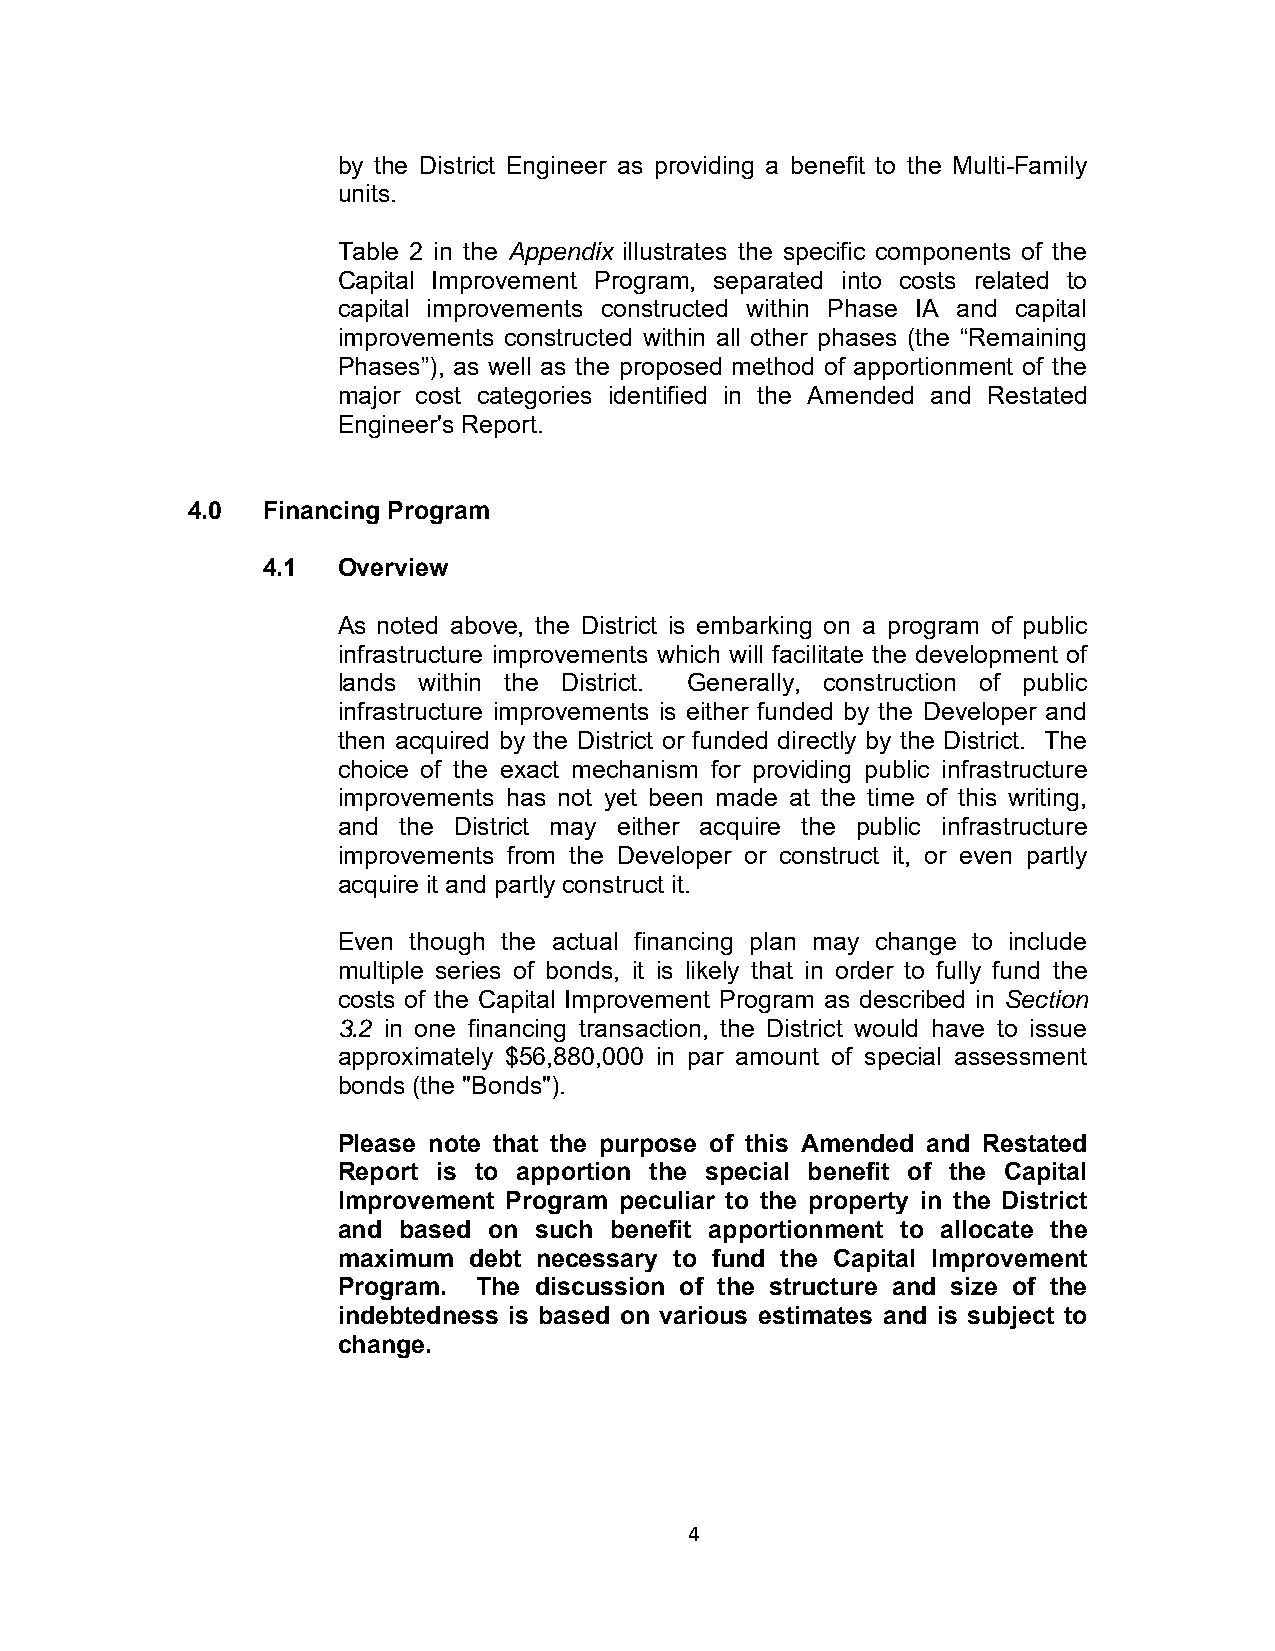
by the District Engineer as providing a benefit to the Multi-Family
 units.
 Table 2 in the Appendix illustrates the specific components of the
 Capital Improvement Program, separated into costs related to
 capital improvements constructed within Phase IA and capital
 improvements constructed within all other phases (the “Remaining
 Phases”), as well as the proposed method of apportionment of the
 major cost categories identified in the Amended and Restated
 Engineer's Report.
 4.0  Financing Program
 4.1  Overview
 As noted above, the District is embarking on a program of public
 infrastructure improvements which will facilitate the development of
 lands within the District. Generally, construction of public
 infrastructure improvements is either funded by the Developer and
 then acquired by the District or funded directly by the District. The
 choice of the exact mechanism for providing public infrastructure
 improvements has not yet been made at the time of this writing,
 and the District may either acquire the public infrastructure
 improvements from the Developer or construct it, or even partly
 acquire it and partly construct it.
 Even though the actual financing plan may change to include
 multiple series of bonds, it is likely that in order to fully fund the
 costs of the Capital Improvement Program as described in Section
 3.2 in one financing transaction, the District would have to issue
 approximately $56,880,000 in par amount of special assessment
 bonds (the "Bonds").
 Please note that the purpose of this Amended and Restated
 Report is to apportion the special benefit of the Capital
 Improvement Program peculiar to the property in the District
 and based on such benefit apportionment to allocate the
 maximum  debt necessary to fund the Capital Improvement
 Program.  The discussion of the structure and size of the
 indebtedness is based on various estimates and is subject to
 change.
 4